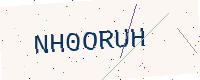
Text: NH0ORUH